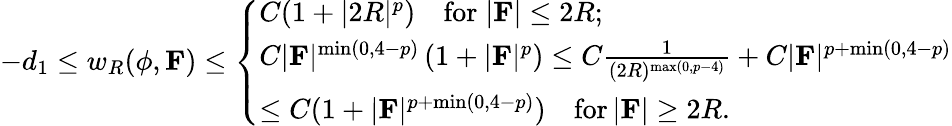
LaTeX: -d_{1}\leq w_{R}(\phi,\mathbf{F})\leq\left\{ \begin{array}{ll}{C(1+|2R|^{p})\quad\mathrm{for}\; |\mathbf{F}|\leq 2R;}\\ {C|\mathbf{F}|^{\operatorname*{min}(0,4-p)}\left(1+|\mathbf{F}|^{p}\right)\leq C\frac{1}{(2R)^{\operatorname*{max}(0,p-4)}}+C|\mathbf{F}|^{p+\operatorname*{min}(0,4-p)}}\\ {\leq C(1+|\mathbf{F}|^{p+\operatorname*{min}(0,4-p)})\quad\mathrm{for}\, |\mathbf{F}|\geq 2R.}\end{array}\right.